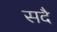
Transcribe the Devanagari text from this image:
सदै